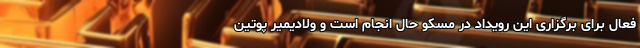
فعال برای برگزاری این رویداد در مسکو حال انجام است و ولادیمیر پوتین